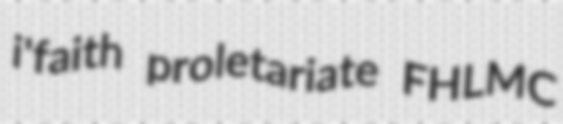
i'faith proletariate FHLMC